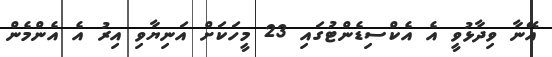
އޭނާ ވިދާޅުވީ އެ އެކްސިޑެންޓުގައި 23 މީހަކަށް އަނިޔާވި އިރު އެ އެންމެން